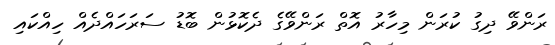
ރަންވޭ ދިގު ކުރަން މިހާރު އޮތް ރަންވޭގެ ދެކޮޅުން ބޮޑު ސަރަހައްދެއް ހިއްކައި